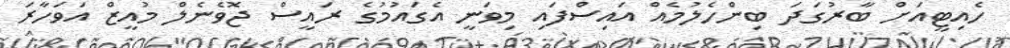
ހެއިޓީއަށް ބާރުގަދަ ބިންހެލުމެއް އައިސްފައި މިވަނީ އެގައުމުގެ ރައީސް ޖޮވެނެލް މުއީޒް އަވަހާރަ